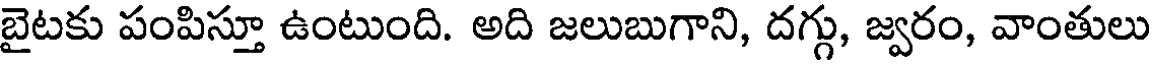
బైటకు పంపిస్తూ ఉంటుంది. అది జలుబుగాని, దగ్గు, జ్వరం, వాంతులు